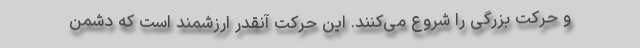
و حرکت بزرگی را شروع می‌کنند. این حرکت آنقدر ارزشمند است که دشمن